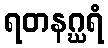
ရတနဂ္ဃရံ